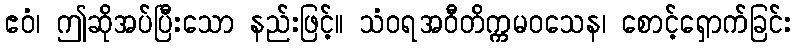
ဧဝံ၊ ဤဆိုအပ်ပြီးသော နည်းဖြင့်။ သံဝရအဝီတိက္ကမဝသေန၊ စောင့်ရှောက်ခြင်း